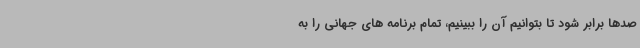
صدها برابر شود تا بتوانیم آن را ببینیم، تمام برنامه های جهانی را به